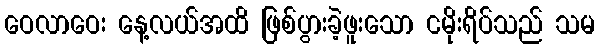
ဝေလာဝေး နေ့လယ်အထိ ဖြစ်ပွားခဲ့ဖူးသော ငမိုးရိပ်သည် သမ